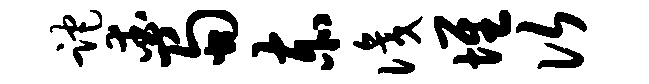
跎爱蜀赤识堆次